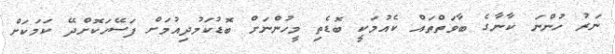
ނަރު ހުންނަ ކާނާގެ ބާވަތްތައް ކެއުމަކީ ބޮޑެތި މީހުންނަށް ބޮޑުކަމުދިއުމަށް ފަސޭހަކޮށްދޭ ކަމަކަށް